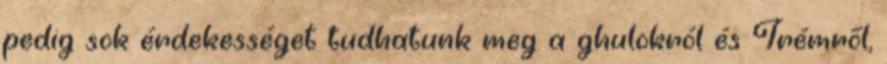
pedig sok érdekességet tudhatunk meg a ghulokról és Irémről,